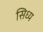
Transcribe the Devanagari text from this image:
सिध्य